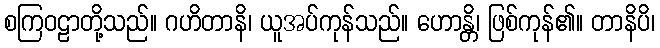
စကြဝဠာတို့သည်။ ဂဟိတာနိ၊ ယူအပ်ကုန်သည်။ ဟောန္တိ၊ ဖြစ်ကုန်၏။ တာနိပိ၊